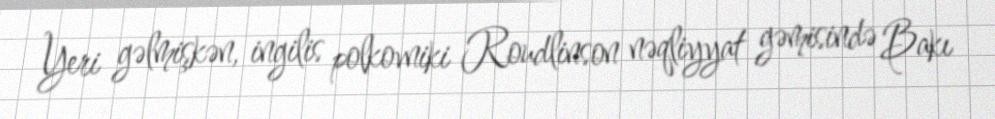
Yeri gəlmişkən, ingilis polkovniki Roudlinson nəqliyyat gəmisində Bakı